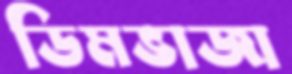
ডিমভাজা